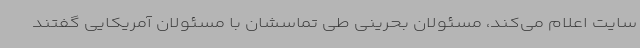
سایت اعلام می‌کند، مسئولان بحرینی طی تماسشان با مسئولان آمریکایی گفتند